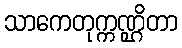
သာကေတုက္ကဏ္ဌိတာ